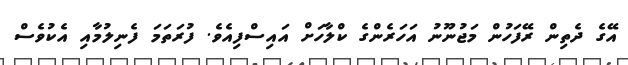
އޭގެ ދެތިން ރޭފަހުން މަޖުނޫނު އަހަރެންގެ ކްލާހަށް އައިސްފިއެވެ. ފުރަތަމަ ފެނިލުމާއި އެކުވެސް